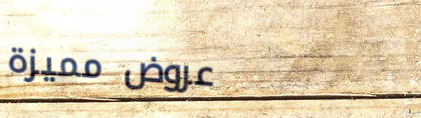
عروض مميزة